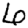
Digit: 6